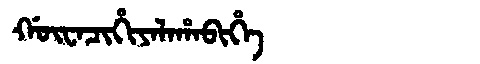
Manchu: ᡤᡡᠸᠠᠴᡳᡥᡳᠶᠠᠯᠠᡥᠠᠪᡳᡥᡝ
Romanization: GŪWACIHIYALAHABIHE